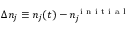
\Delta n _ { j } \equiv n _ { j } ( t ) - n _ { j } ^ { \mathrm { ~ i ~ n ~ i ~ t ~ i ~ a ~ l ~ } }